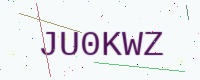
Text: JU0KWZ